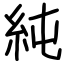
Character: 純